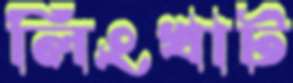
লিংখাট